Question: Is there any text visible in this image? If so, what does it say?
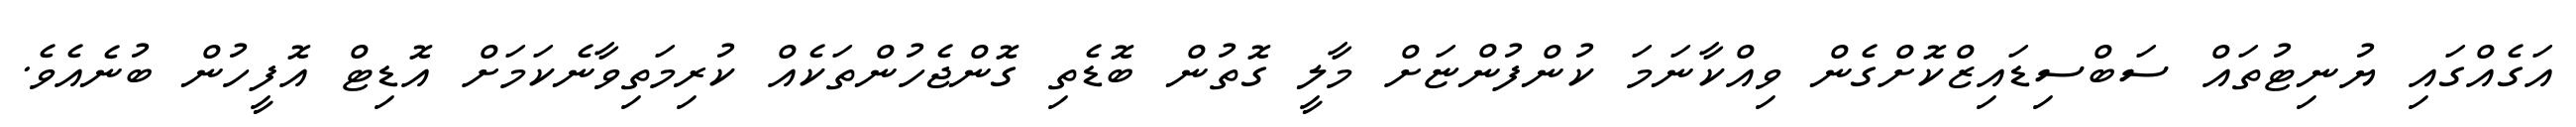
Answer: އަގެއްގައި ޔުނިޓުތައް ސަބްސިޑައިޒްކޮށްގެން ވިއްކާނަމަ ކުންފުންޏަށް މާލީ ގޮތުން ބޮޑެތި ގޮންޖެހުންތަކެއް ކުރިމަތިވާނެކަމަށް އޮޑިޓް އޮފީހުން ބުނެއެވެ.